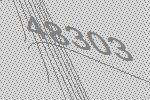
48303